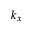
k _ { x }